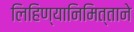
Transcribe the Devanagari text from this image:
लिहिण्यानिमित्ताने